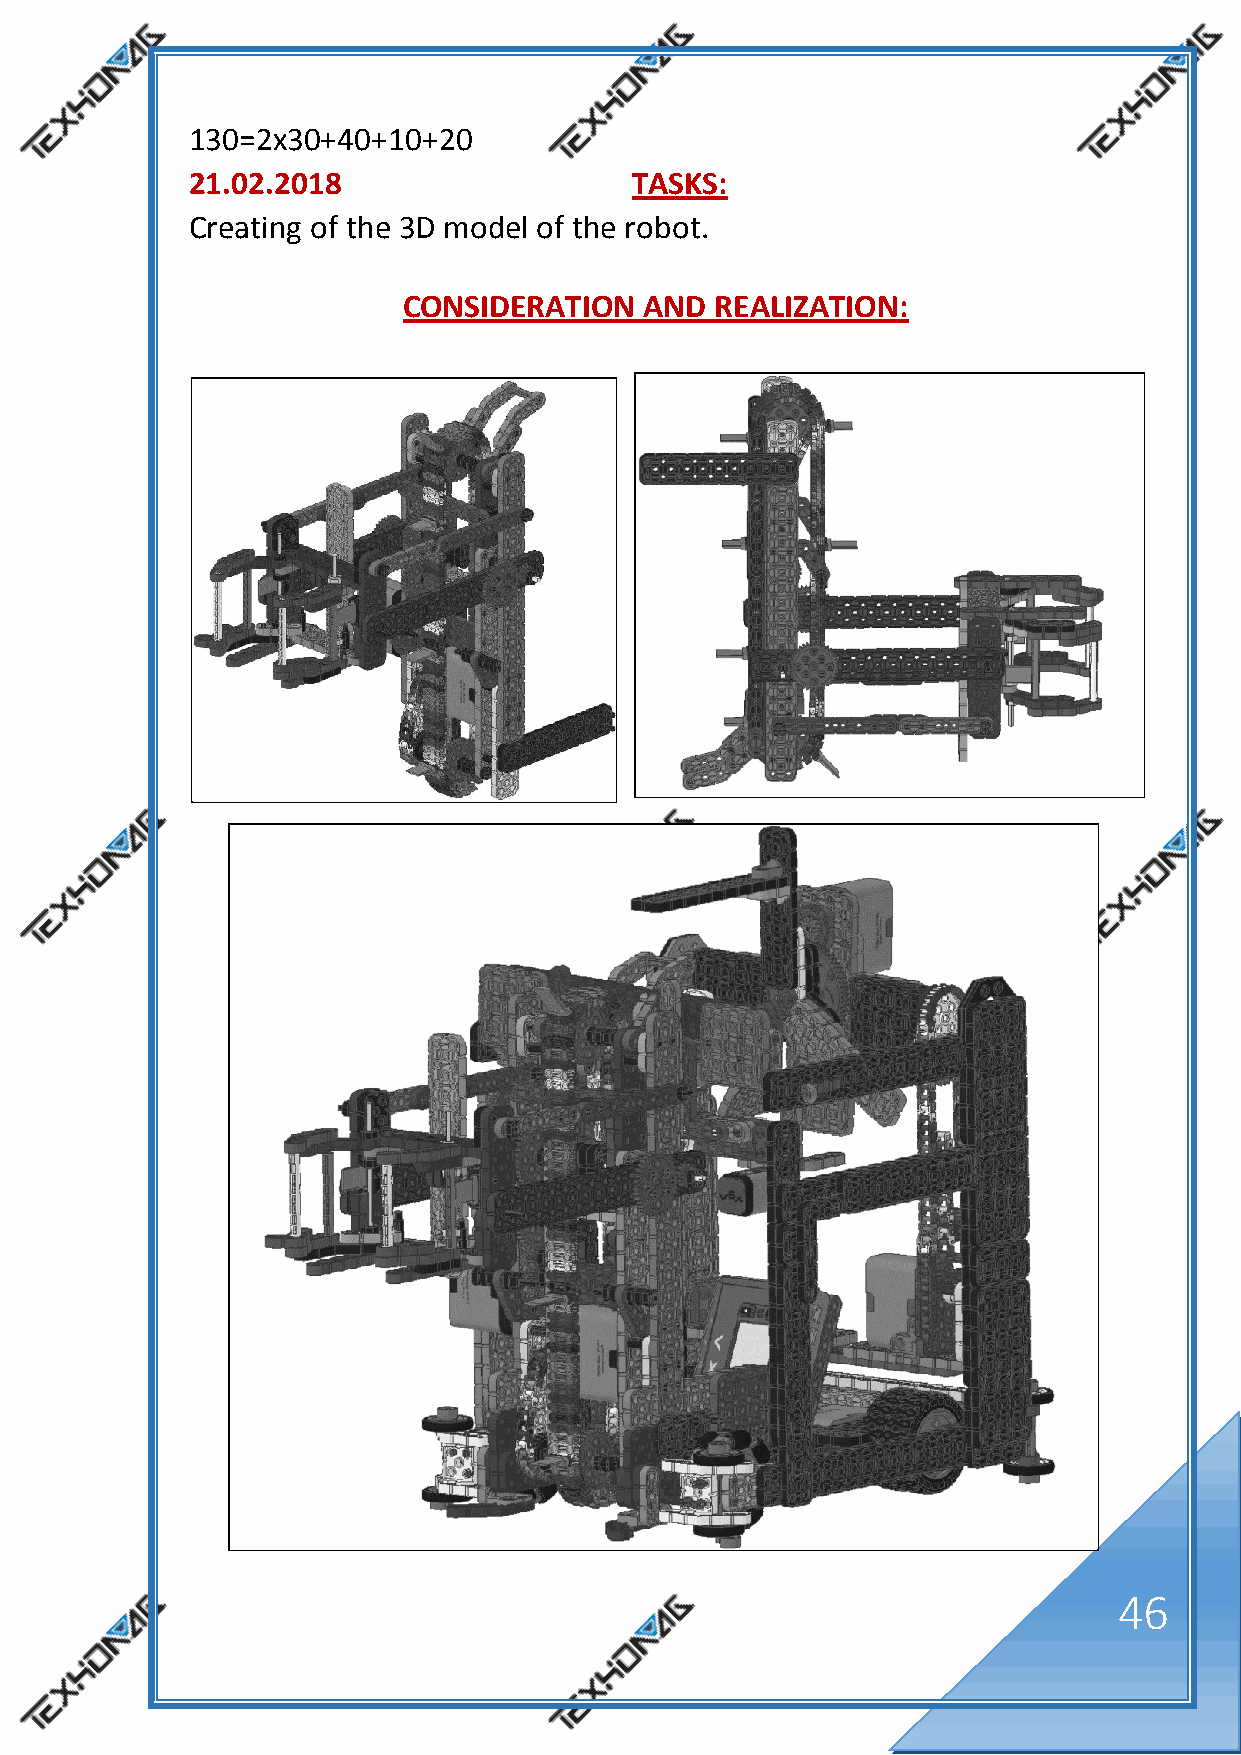
130=2x30+40+10+20
 21.02.2018                   TASKS:
 Creating of the 3D model of the robot.
 CONSIDERATION   AND REALIZATION:
 46